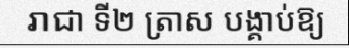
រាជា ទី២ ត្រាស បង្គាប់ឱ្យ